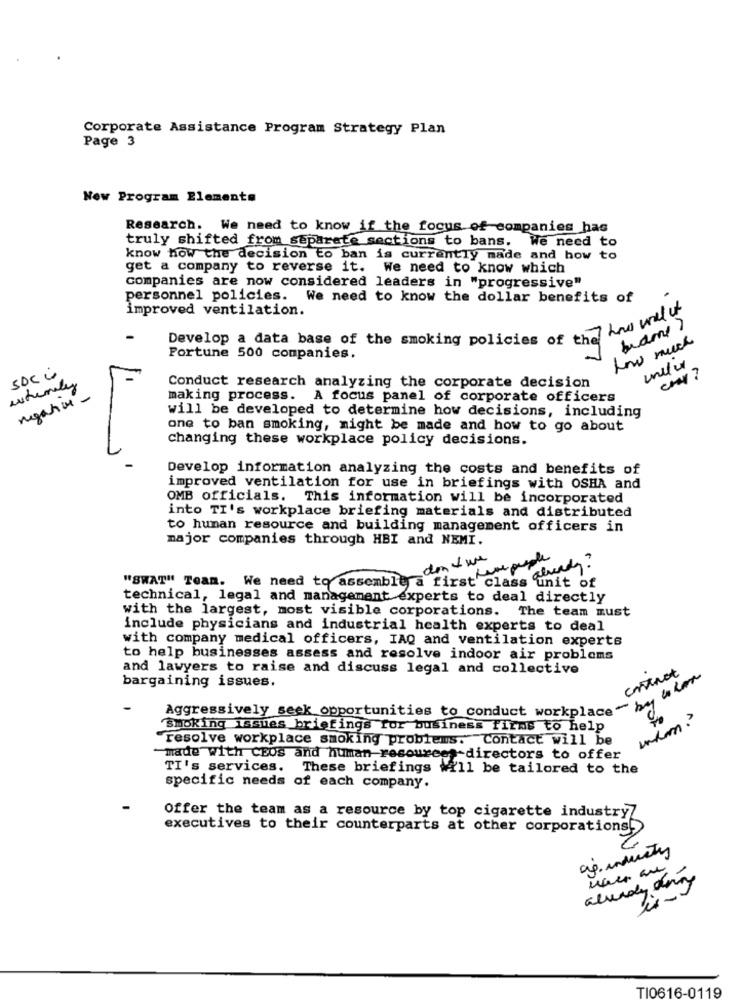
Corporate Assistance Program Strategy Plan
Page 3
Now Program Elemente
Research. We need to know if the focus of companies has
truly shifted from separate sections to bans. We need to
know how the decision to ban is currently made and how to
get a company to reverse it. We need to know which
companies are now considered leaders in "progressive"
personnel policies. We need to know the dollar benefits of
improved ventilation.
Develop a data base of the smoking policies of the
how much
Fortune 500 companies.
SDC i
whenaly
Conduct research analyzing the corporate decision
negative -
making process. A focus panel of corporate officers
will be developed to determine how decisions, including
4
one to ban smoking, might be made and how to go about
changing these workplace policy decisions.
Develop information analyzing the costs and benefits of
improved ventilation for use in briefings with OSHA and
OMB officials. This information will be incorporated
into TI's workplace briefing materials and distributed
to human resource and building management officers in
major companies through HBI and NEMI.
don't une
already !
"SWAT" Team. We need to assemble a firsthp
class 'unit of
technical, legal and management experts to deal directly
with the largest, most visible corporations. The team must
include physicians and industrial health experts to deal
with company medical officers, IAQ and ventilation experts
to help businesses assess and resolve indoor air problems
and lawyers to raise and discuss legal and collective
contrat
bargaining issues.
Aggressively seek opportunities to conduct workp)
Smoking issues briefings for business firms to help
resolve workplace smoking problems. Contact will be
made with CEOS and human resources-directors to offer
TI's services. These briefings wi'll be tailored to the
specific needs of each company.
Offer the team as a resource by top cigarette industry
executives to their counterparts at other corporations
ap. industry
already doing
TI0616-0119